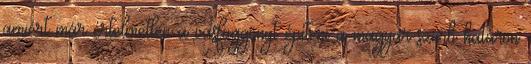
amiért már értelmetlen a vasfüggönyt építeni a magyar-szerb határon